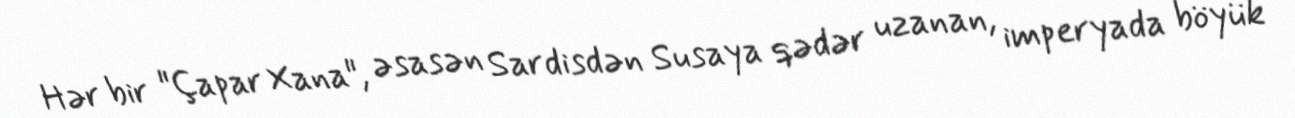
Hər bir "Çapar Xana", əsasən Sardisdən Susaya qədər uzanan, imperyada böyük